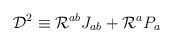
LaTeX: \begin{align*}{\cal D}^2 \equiv {\cal R}^{ab} J_{ab} + {\cal R}^a P_a\end{align*}